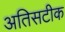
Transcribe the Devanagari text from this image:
अतिसटीक